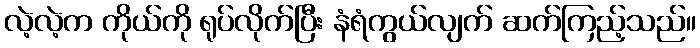
လဲ့လဲ့က ကိုယ်ကို ရုပ်လိုက်ပြီး နံရံကွယ်လျက် ဆက်ကြည့်သည်။